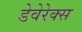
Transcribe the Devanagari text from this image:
डेवेरेक्स